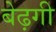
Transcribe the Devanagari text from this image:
बेढ़गी